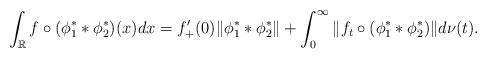
LaTeX: \begin{align*} \int_{\mathbb{R}}^{} f \circ ( \phi_1^* * \phi_2^* ) (x) dx = f_+' (0) \| \phi_1^* * \phi_2^* \| + \int_{0}^{\infty} \| f_t \circ (\phi_1^* * \phi_2^*) \| d\nu (t). \end{align*}